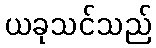
ယခုသင်သည်